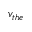
v _ { t h e }